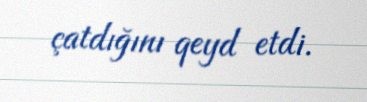
çatdığını qeyd etdi.